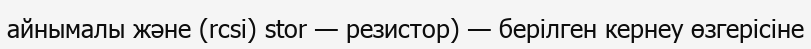
айнымалы және (rcsi) stor — резистор) — берілген кернеу өзгерісіне